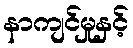
နာကျင်မှုနှင့်